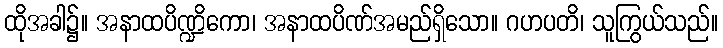
ထိုအခါ၌။ အနာထပိဏ္ဍိကော၊ အနာထပိဏ်အမည်ရှိသော။ ဂဟပတိ၊ သူကြွယ်သည်။